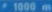
@1080m